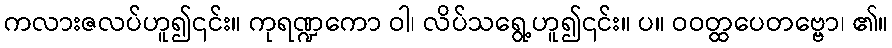
ကလားဇလပ်ဟူ၍၎င်း။ ကုရဏ္ဍကော ဝါ၊ လိပ်သရွေ့ဟူ၍၎င်း။ ပ။ ဝဝတ္ထပေတဗ္ဗော၊ ၏။